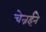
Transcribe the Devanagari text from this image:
चेन्नईने